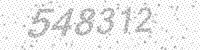
Solution: 548312